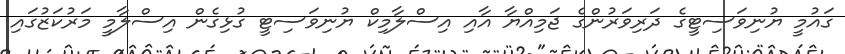
ގައުމީ ޔުނިވަސިޓީގެ ދަރިވަރުންގެ ޖަމިއްޔާ އާއި އިސްލާމިކް ޔުނިވަސިޓީ ގުޅިގެން އިސްލާމީ މަރުކަޒުގައި